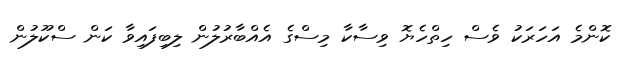
ކޮންމެ އަހަރަކު ވެސް ހިތްހެޔޮ ވިސާކާ މިސްގެ އެއްބާރުލުން ލިބިފައިވާ ކަން ސްކޫލުން